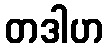
တဒါဟ